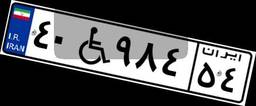
۴۰W۹۸۴۵۴